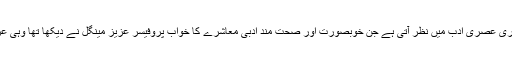
آج ترقی پسندی ایک رویہ ایک سوچ ہے اور اس کی جھلکیاں ہماری عصری ادب میں نظر آتی ہے جن خوبصورت اور صحت مند ادبی معاشرے کا خواب پروفیسر عزیز مینگل نے دیکھا تھا وہی عزیز مینگل 6 نومبر 2014 کو شہر خموشاں کے مکین بن گئے ۔